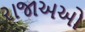
રાજાઅઓ